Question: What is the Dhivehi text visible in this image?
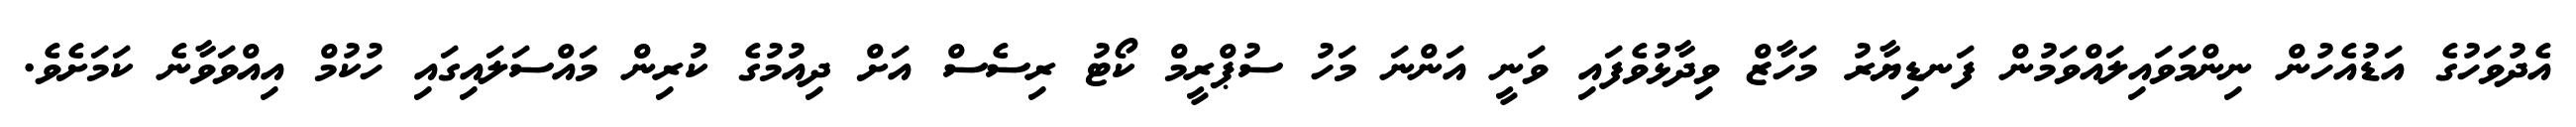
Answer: އެދުވަހުގެ އަޑުއެހުން ނިންމަވައިލައްވަމުން ފަނޑިޔާރު މަހާޒް ވިދާޅުވެފައި ވަނީ އަންނަ މަހު ސުޕްރީމް ކޯޓު ރިސެސް އަށް ދިއުމުގެ ކުރިން މައްސަލައިގައި ހުކުމް އިއްވަވާނެ ކަމަށެވެ.